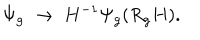
\Psi _ { g } \; \rightarrow \; H ^ { - 1 } \Psi _ { g } ( R _ { g } H ) .